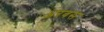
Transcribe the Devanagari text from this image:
अरबस